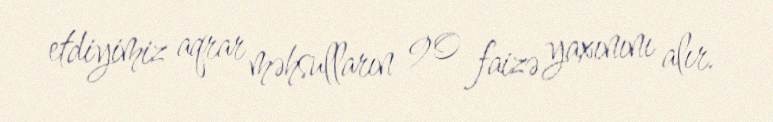
etdiyimiz aqrar məhsulların 90 faizə yaxınını alır.